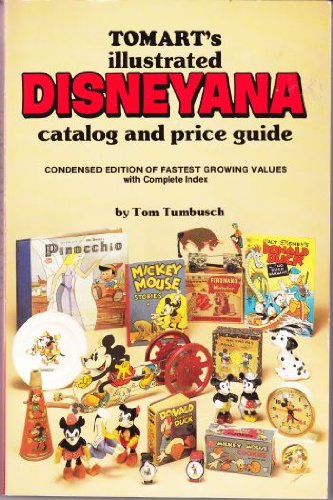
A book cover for Tomart's Illustrated Disneyana Catalog and Price Guide: Condensed Edition of Fastest Growing Values With Complete Index; Tom Tumbusch; Crafts, Hobbies & Home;